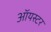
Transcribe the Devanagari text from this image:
ऑयस्टर